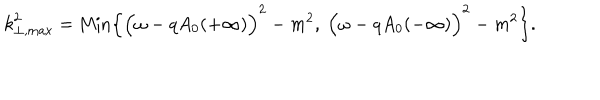
LaTeX: { k } _ { \perp , \mathrm { m a x } } ^ { 2 } = \mathrm { M i n } \Bigl \{ \Bigl ( \omega - q A _ { 0 } ( + \infty ) \Bigr ) ^ { 2 } - m ^ { 2 } , ~ \Bigl ( \omega - q A _ { 0 } ( - \infty ) \Bigr ) ^ { 2 } - m ^ { 2 } \Bigr \} .